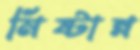
মিষ্টান্ন